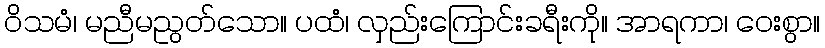
ဝိသမံ၊ မညီမညွတ်သော။ ပထံ၊ လှည်းကြောင်းခရီးကို။ အာရကာ၊ ဝေးစွာ။